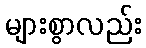
များစွာလည်း